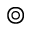
\circledcirc